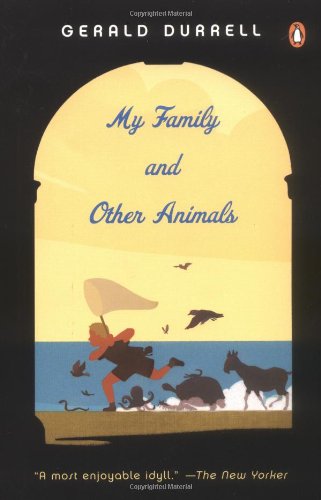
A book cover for My Family and Other Animals; Gerald Durrell; Science & Math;